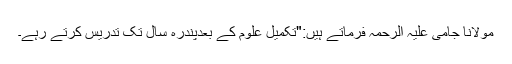
مولانا جامی علیہ الرحمہ فرماتے ہیں:"تکمیلِ علوم کے بعدپندرہ سال تک تدریس کرتے رہے۔